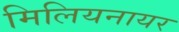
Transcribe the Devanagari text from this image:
मिलियनायर